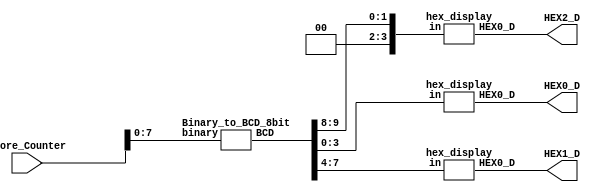
//From Lab06 part 1
//replaced switches with score counter
module score_display(
	input [9:0] Score_Counter,
	output [6:0]HEX0_D,
	output [6:0]HEX1_D,
	output [6:0]HEX2_D
);
	wire [11:0]hold;
	Binary_to_BCD_8bit test1(Score_Counter[7:0],hold[11:0]);	
	hex_display	ones (hold[3:0], HEX0_D[6:0]);
	hex_display tens (hold[7:4],HEX1_D[6:0]);
	hex_display hundreds ({1'b0,1'b0,hold[9:8]},HEX2_D[6:0]);
endmodule 

module shift_add_three(
	input [3:0]A,
	output [3:0]S
);
	assign S[3:0]= (A[3:0]>4'd4) ? (A[3:0]+4'd3) : A[3:0];
endmodule 

module Binary_to_BCD_8bit(
	input [7:0]binary,
	output [11:0]BCD
);
	wire [3:0]first;
	wire [3:0]second;
	wire [3:0]third;
	wire [3:0]fourth;
	wire [3:0]fifth;
	wire [3:0]sixth;
	wire [3:0]seventh;
	shift_add_three  one ({1'b0, binary[7:5]},first[3:0]);
	shift_add_three two ({first[2:0],binary[4]},second[3:0]);
	shift_add_three three ({second[2:0],binary[3]},third[3:0]);
	shift_add_three four ({1'b0,first[3],second[3],third[3]},fourth[3:0]);
	shift_add_three five ({third[2:0],binary[2]},fifth[3:0]);
	shift_add_three six ({fourth[2:0],fifth[3]},sixth[3:0]);
	shift_add_three seven ({fifth[2:0],binary[1]},seventh[3:0]);
	assign BCD[11] = 1'b0;
	assign BCD[10] = 1'b0;
	assign BCD[9] = fourth[3];
	assign BCD[8:5] = sixth[3:0];
	assign BCD[4:1] = seventh[3:0];
	assign BCD[0] = binary[0];

endmodule 

module hex_display(
input [3:0] in,
output [6:0] HEX0_D
);
wire [3:0] BCD;
wire [6:0] LED_Seg;
assign BCD[3:0] = in[3:0];
assign HEX0_D[6:0] = LED_Seg[6:0];
assign LED_Seg[0] = ( (BCD[2] & !BCD[1] & !BCD[0])|(!BCD[3] & !BCD[2] & !BCD[1] & BCD[0]) );
assign LED_Seg[1] = ( (BCD[2] & !BCD[1] & BCD[0])|(BCD[2] & BCD[1] & !BCD[0]) );
assign LED_Seg[2] = (!BCD[2]& BCD[1] & !BCD[0]);
assign LED_Seg[3] = ((BCD[2] & BCD[1] & BCD[0])| (BCD[2] & !BCD[1] & !BCD[0])|(!BCD[3] & !BCD[2] & !BCD[1] & BCD[0]) );
assign LED_Seg[4] = ((BCD[2] & !BCD[1])|(!BCD[2] & BCD[0]) | (!BCD[3]&BCD[0]) );
assign LED_Seg[5] = ( (BCD[1] & BCD[0])|(!BCD[2] & BCD[1])|(!BCD[3] & !BCD[2] & BCD[0]) );
assign LED_Seg[6] = ( (!BCD[3] & !BCD[2] & !BCD[1])|
								(BCD[2] & BCD[1] & BCD[0]) );
endmodule